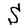
Character: S